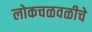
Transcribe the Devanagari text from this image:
लोकचळवळीचे